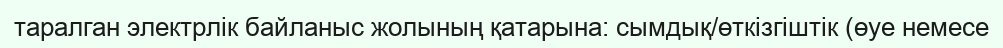
таралган электрлік байланыс жолының қатарына: сымдық/өткізгіштік (өуе немесе